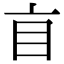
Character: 𥃰